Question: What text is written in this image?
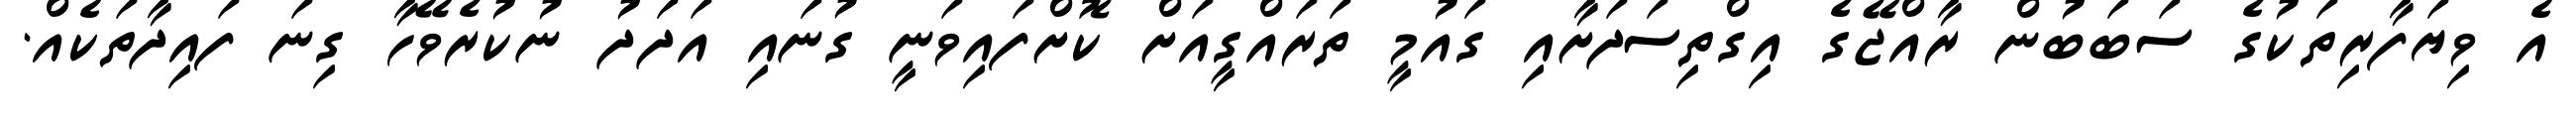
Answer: އެ ވިޔަފާރިތަކުގެ ސަބަބުން ރާއްޖޭގެ އިގްތިސަދަށާއި ގައުމީ ތަރައްގީއަށް ކޮށްފައިވަނީ ގުނައި އަދަދު ނުކުރެވޭހާ ގިނަ ފައިދާތަކެއް.